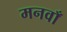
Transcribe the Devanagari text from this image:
मनवाँ